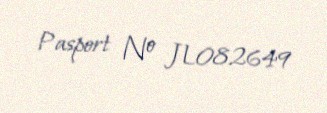
Pasport № JL082649